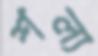
শল্য